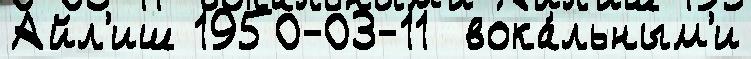
Айл'иш 1950-03-11  вока́льным'и